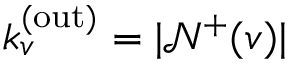
k _ { v } ^ { \mathrm { ( o u t ) } } = | \mathcal { N } ^ { + } ( v ) |